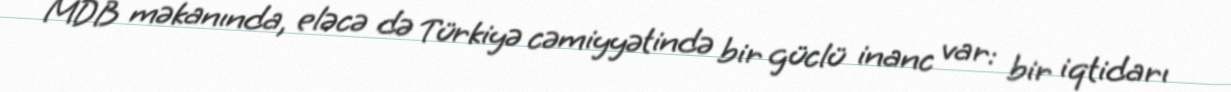
MDB məkanında, eləcə də Türkiyə cəmiyyətində bir güclü inanc var: bir iqtidarı